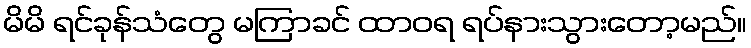
မိမိ ရင်ခုန်သံတွေ မကြာခင် ထာဝရ ရပ်နားသွားတော့မည်။